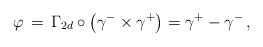
\begin{align*}\varphi \,=\, \Gamma_{2d} \circ \left(\gamma^- \times \gamma^+\right)= \gamma^+ - \gamma^-\,,\end{align*}